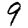
Digit: 9